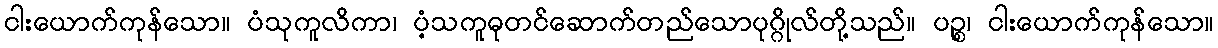
ငါးယောက်ကုန်သော။ ပံသုကူလိကာ၊ ပံ့သကူဓုတင်ဆောက်တည်သောပုဂ္ဂိုလ်တို့သည်။ ပဉ္စ၊ ငါးယောက်ကုန်သော။